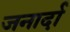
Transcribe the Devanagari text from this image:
जनार्दा